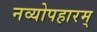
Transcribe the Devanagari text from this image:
नव्योपहारम्